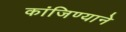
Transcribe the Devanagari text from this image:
कांजिण्याने